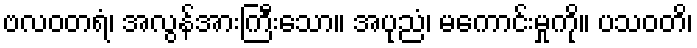
ဗလဝတရံ၊ အလွန်အားကြီးသော။ အပုညံ၊ မကောင်းမှုကို။ ပသဝတိ၊